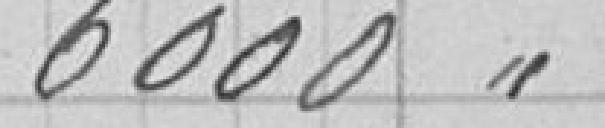
6000